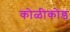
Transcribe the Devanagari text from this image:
कोळीकोड